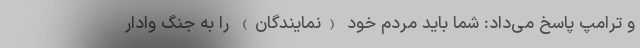
و ترامپ پاسخ می‌داد: شما باید مردم خود (نمایندگان) را به جنگ وادار